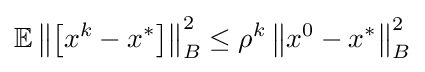
\mathbb {E} \left\|\left[x^{k}-x^{*}\right]\right\|_{B}^{2}\leq \rho ^{k}\left\|x^{0}-x^{*}\right\|_{B}^{2}